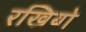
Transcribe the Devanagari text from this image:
रखियो